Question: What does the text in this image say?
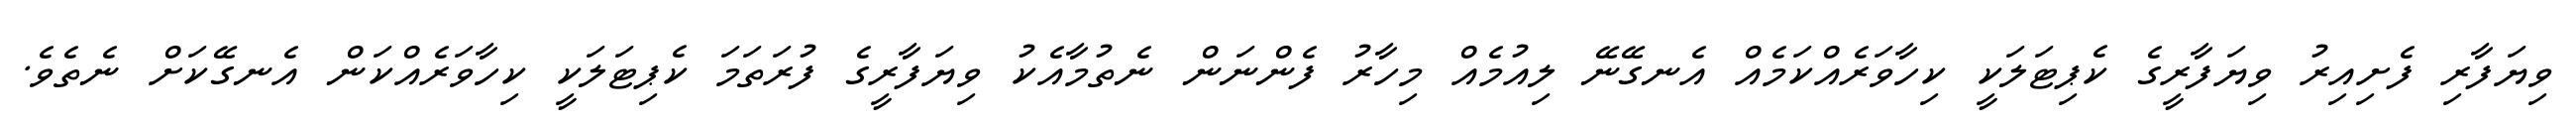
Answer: ވިޔަފާރި ފެށިއިރު ވިޔަފާރީގެ ކެޕިޓަލަކީ ކިހާވަރެއްކަމެއް އެނގޭނޭ ލިއުމެއް މިހާރު ފެންނަން ނެތުމާއެކު ވިޔަފާރީގެ ފުރަތަމަ ކެޕިޓަލަކީ ކިހާވަރެއްކަން އެނގޭކަށް ނެތެވެ.